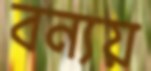
বন্যয়